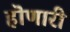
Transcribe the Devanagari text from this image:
हॊणारी